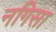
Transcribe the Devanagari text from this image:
नगिसा